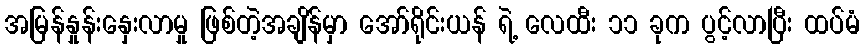
အမြန်နှုန်းနှေးလာမှု ဖြစ်တဲ့အချိန်မှာ အော်ရိုင်းယန် ရဲ့ လေထီး ၁၁ ခုက ပွင့်လာပြီး ထပ်မံ